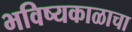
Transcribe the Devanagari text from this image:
भविष्यकाळाचा